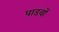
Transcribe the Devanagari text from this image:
पाडवों